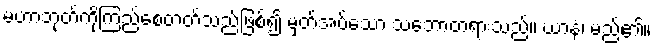
မဟာဘုတ်ကိုကြည်စေတတ်သည်ဖြစ်၍ မှတ်အပ်သော သဘောတရားသည်။ ဃာနံ၊ မည်၏။